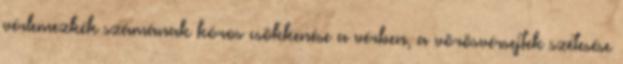
vérlemezkék számának kóros csökkenése a vérben, a vörösvérsejtek szétesése